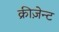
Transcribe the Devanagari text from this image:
क्रीज़ेन्ट